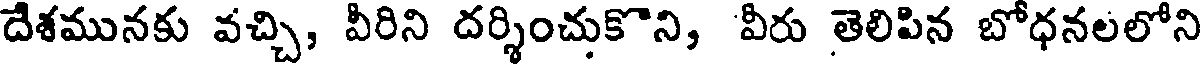
దేశమునకు వచ్చి, వీరిని దర్శించుకొని, వీరు తెలిపిన బోధనలలోని